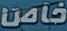
خاص